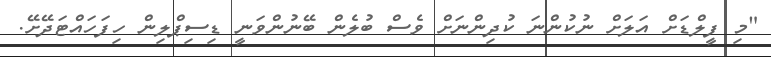
"މި ފީލްޑަށް އަލަށް ނުކުންނަ ކުދިންނަށް ވެސް ބުލެން ބޭނުންވަނީ ޑިސިޕްލިން ހިފަހައްޓަދޭށޭ.